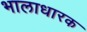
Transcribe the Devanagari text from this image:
भालाधारक